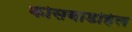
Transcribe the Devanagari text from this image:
कोसबाडहिल